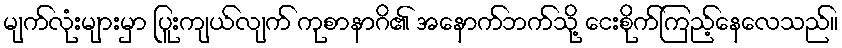
မျက်လုံးများမှာ ပြူးကျယ်လျက် ကုစာနာဂိ၏ အနောက်ဘက်သို့ ငေးစိုက်ကြည့်နေလေသည်။